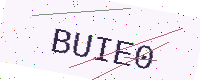
Text: BUIE0